Annual statistical returns and brief notes on vaccination in Bengal - 1896-1909
Year: 1896
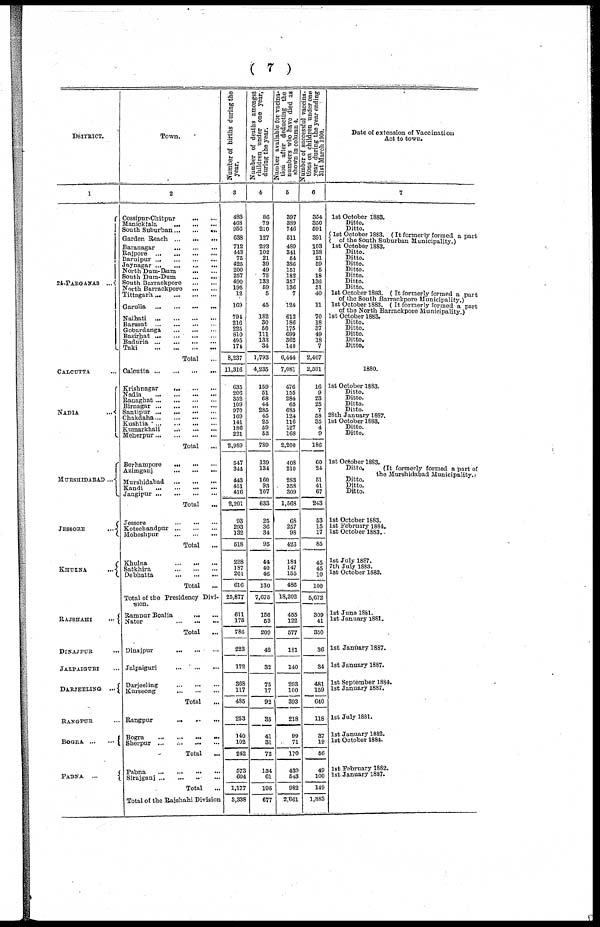
( 7 )
DSITRICT.
1
24-PARGANAS ...
CALCUTTA ...
NADIA
...
MURSHIDABAD ...
JESSORE
...
KHULNA
...
RAJSHAHI
...
DINAJPUR ...
JALPAIGURI ...
DARJEELING ...
RANGPUR ...
BOGRA
...
...
PABNA ...
Town.
2
Cossipur-Chitpur
...
...
Manicktala
...
...
...
South Suburban ... ... ...
Garden Reach
...
...
...
Baranagar
...
...
...
Rajpore
...
...
...
...
Baruipur ...
...
...
...
Jaynagar ... ... ... ...
North Dum-Dum
... ...
South Dum-Dum
...
...
South Barrackpore
...
...
North Barrackpore
...
...
Tittagarh ... ... ... ...
Garulia
...
...
...
...
Naihati
...
...
...
...
Barasat
...
...
...
...
Gobardanga
...
...
...
Basirhat
...
...
...
...
Baduria
...
...
...
...
Taki
...
...
...
...
Total ...
Calcutta
...
...
...
...
Krishnagar ... ... ...
Nadia
...
...
...
...
Ranaghat ... ... ... ...
Birnagar
...
...
...
...
Santipur... ... ... ...
Chakdaha ... ... ... ...
Kushtia
...
...
...
...
Kumarkhali
...
...
...
Meherpur ... ... ... ...
Total
...
Berhampore
...
... ...
Azimganj
...
...
...
Murshidabad
...
...
...
Kandi ... ... ... ...
Jangipur ... ... ... ...
Total
...
Jessore ... ... ...
Kotechandpur ... ... ...
Moheshpur
...
...
...
Total ...
Khulna
...
... ...
Satkhira
...
...
...
Debhatta
...
...
...
Total ...
Total of the Presidency Divi-
sion.
Rampur Boalia
...
...
Nator
...
...
...
Total ...
Dinajpur
...
...
...
Jalpaiguri
...
...
...
Darjeeling
...
...
...
Kurseong
...
...
...
Total ...
Rangpur
... ... ...
Bogra ... ... ... ...
Sherpur
...
...
...
...
Total
...
Pabna ... ... ... ...
Sirajganj ... ... ... ...
Total
...
Total of the Rajshahi Division
Number of births during the
year.
3
483
408
956
638
712
443
75
425
200
257
490
195
12
169
794
216
225
810
495
174
8,237
11,316
635
206
352
109
970
169
141
186
221
2,989
547
344
443
451
416
2,201
93
293
132
518
228
187
201
616
25,877
611
175
786
223
172
368
117
485
253
140
102
242
573
604
1,177
3,338
Number of deaths amongst
children under one year,
during the year.
4
86
79
210
127
223
102
21
39
49
75
133
59
5
45
182
30
50
111
133
34
1,793
4,235
159
51
68
44
285
45
25
59
53
789
139
134
160
93
107
633
25
36
34
95
44
40
46
130
7,675
156
53
209
42
32
75
17
92
35
41
31
72
134
61
195
677
Number available for vacina¬
tion after deducting the
numbers who have died as
shown in column 4.
5
397
389
746
511
489
341
54
386
151
182
357
136
7
124
612
186
175
699
362
140
6,444
7,081
476
155
284
65
685
124
116
127
168
2,200
408
210
283
358
309
1,568
68
257
98
423
184
147
155
486
18,202
455
122
577
181
140
293 100
393
218
99
71
170
439
543
982
2,661
Number of successful vaccina-
tions on children under one
year during the year ending
31st March 1900.
6
354
350
591
391
103
138
21
59
5
18
136
51
40
11
70
18
37
49
18
7
2,467
2,591
16
9
23
25
7
58
35
4
9
186
60
24
51
41
67
243
53
15
17
85
45
45
10
100
5,672
309
41
350
36
34
481
159
640
118
37
19
56
49
100
149
1,383
Date of extension of Vaccination
Act to town.
7
1st October 1883.
Ditto.
Ditto.
1st October 1883. (It formerly formed a part
of the South Suburban Municipality.)
1st October 1883.
Ditto.
Ditto.
Ditto.
Ditto.
Ditto.
Ditto.
Ditto.
1st October 1883 (It formerly formed a part
or the South Barrackpore Municipality.)
1st October 1883. (It formerly formed a part
or the North Barrackpore Municipality.)
1st October 1883.
Ditto.
Ditto.
Ditto.
Ditto.
Ditto.
1880.
1st October 1883.
Ditto.
Ditto.
Ditto.
Ditto.
28th January 1887.
1st October 1883.
Ditto.
Ditto.
1st October 1883.
Ditto.
(It formerly formed a part of
the Murshidabad Municipality.)
Ditto. Ditto.
Ditto.
1st October 1883.
1st February 1884.
1st October 1883.
1st July 1887.
7th July 1883.
1st October 1883.
1st June 1881.
1st January 1881.
1st January 1887.
1st January 1887.
1st September 1884.
1st January 1887.
1st July 1881.
1st January 1882.
1st October 1884.
1st February 1882.
1st January 1887.